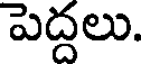
పెద్దలు.